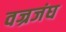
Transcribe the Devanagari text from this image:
वज्रजंघ